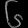
Digit: ၆